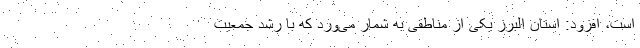
است، افزود: استان البرز یکی از مناطقی به شمار می‌ورد که با رشد جمعیت